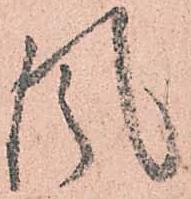
風